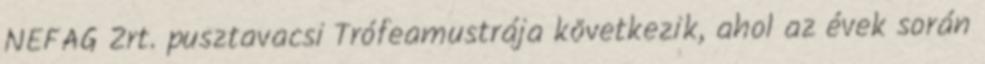
NEFAG Zrt. pusztavacsi Trófeamustrája következik, ahol az évek során